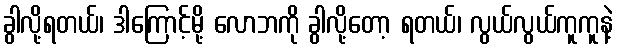
ခွါလို့ရတယ်၊ ဒါကြောင့်မို့ လောဘကို ခွါလို့တော့ ရတယ်၊ လွယ်လွယ်ကူကူနဲ့